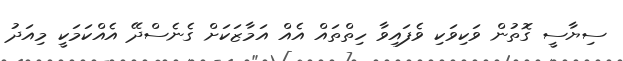
ސިޔާސީ ގޮތުން ވަކިވަކި ވެފައިވާ ހިތްތައް އެއް އަމާޒަކަށް ގެނެސްދޭ އެއްކަމަކީ މިއަދު